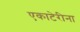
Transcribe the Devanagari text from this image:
एकाटेरीना